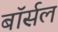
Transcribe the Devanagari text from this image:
बॉर्सल